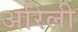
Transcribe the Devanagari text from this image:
अरिली